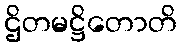
ဌိတမဋ္ဌိတောတိ